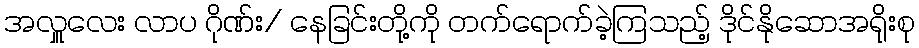
အလှူလေး လာပ ဂိုဏ်း/ နေခြင်းတို့ကို တက်ရောက်ခဲ့ကြသည့် ဒိုင်နိုဆောအရိုးစု